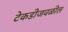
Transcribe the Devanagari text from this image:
टेकडीजवळील